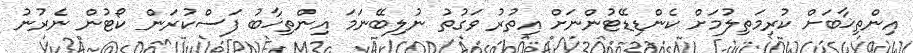
އިންތިޚާބަށް ކުރިމަތިލުމަށް ކެންޑިޑޭޓުންނަށް އިތުރު ވަގުތު ނުލިބޭނަމަ އިންތިޚާބު ފަސްކުރަން ކޯޓުން ނެރުނު